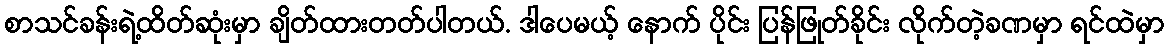
စာသင်ခန်းရဲ့ထိတ်ဆုံးမှာ ချိတ်ထားတတ်ပါတယ်. ဒါပေမယ့် နောက် ပိုင်း ပြန်ဖြုတ်ခိုင်း လိုက်တဲ့ခဏမှာ ရင်ထဲမှာ